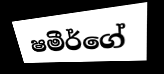
ෂමීර්ගේ